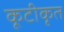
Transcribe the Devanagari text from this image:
कूटीकृत